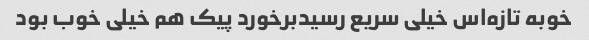
خوبه تازه‌اس خیلی سریع رسیدبرخورد پیک هم خیلی خوب بود